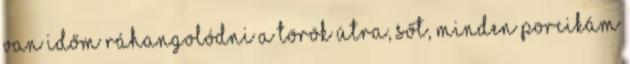
van időm ráhangolódni a török útra, sőt, minden porcikám